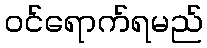
ဝင်ရောက်ရမည်